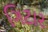
ગિટાર